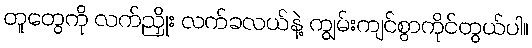
တူတွေကို လက်ညှိုး လက်ခလယ်နဲ့ ကျွမ်းကျင်စွာကိုင်တွယ်ပါ။